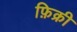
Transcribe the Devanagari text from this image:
फ़िक्री